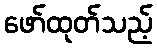
ဖော်ထုတ်သည့်